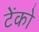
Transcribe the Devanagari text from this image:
टेंको